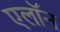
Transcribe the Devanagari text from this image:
एलाॅन